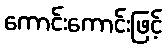
ကောင်းကောင်းဖြင့်